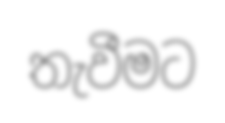
තැවීමට